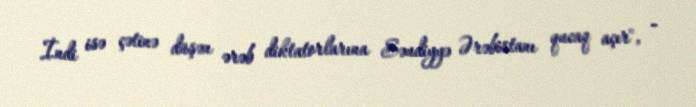
İndi isə çətinə düşən ərəb diktatorlarına Səudiyyə Ərəbistanı qucaq açır", -